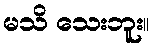
မသိ သေးဘူး။